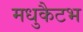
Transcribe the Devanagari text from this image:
मधुकैटभ